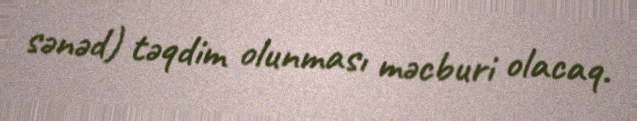
sənəd) təqdim olunması məcburi olacaq.